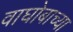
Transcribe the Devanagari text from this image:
वाघोबाच्या